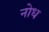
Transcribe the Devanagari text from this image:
नोध